Vaccination in Bombay 1924-1928 - 1924-1928
Year: 1924
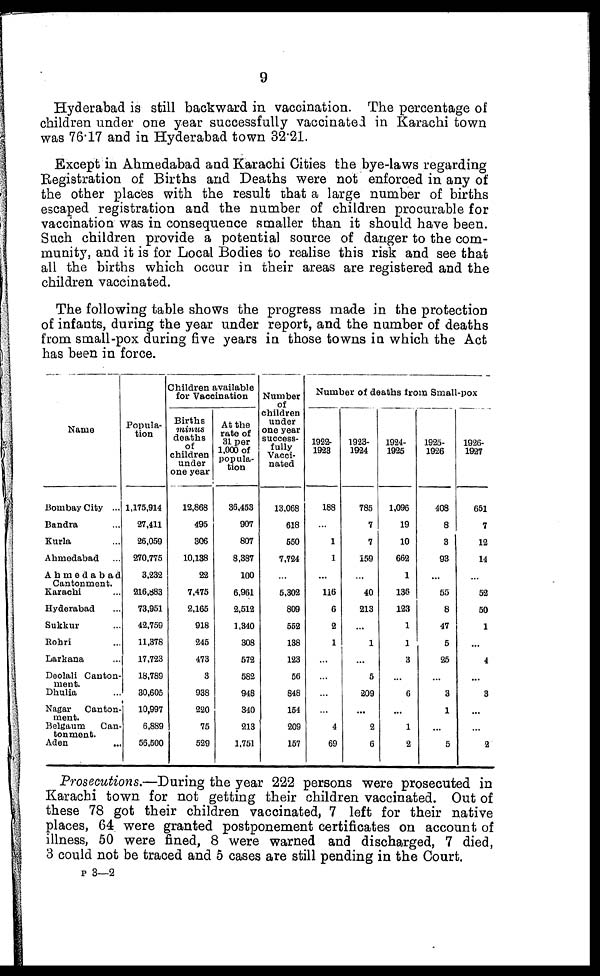
9
Hyderabad is still backward in vaccination. The percentage of
children under one year successfully vaccinated in Karachi town
was 76.17 and in Hyderabad town 32.21.
Except in Ahmedabad and Karachi Cities the bye-laws regarding
Registration of Births and Deaths were not enforced in any of
the other places with the result that a large number of births
escaped registration and the number of children procurable for
vaccination was in consequence smaller than it should have been.
Such children provide a potential source of danger to the com-
munity, and it is for Local Bodies to realise this risk and see that
all the births which occur in their areas are registered and the
children vaccinated.
The following table shows the progress made in the protection
of infants, during the year under report, and the number of deaths
from small-pox during five years in those towns in which the Act
has been in force.
Name
Bombay City ...
Bandra ...
Kurla ...
Ahmedabad ...
Ahmedabad
Cantonment.
Karachi ...
Hyderabad ...
Sukkur ...
Rohri ...
Larkana ...
Deolali Canton-
ment.
Dhulia ...
Nagar
Canton-
ment.
Belgaum
Can-
tonment.
Aden ...
Popula-
tion
1,175,914
27,411
26,059
270,775
3,232
216,883
73,951
42,759
11,378
17,723
18,789
30,605
10,997
6,889
56,500
Children available
for Vaccination
Births
minus
deaths
of
children
under
one year
12,868
495
306
10,138
22
7,475
2,165
918
245
473
3
938
220
75
529
At the
rate of
31 per
1,000 of
popula-
tion
36,453
907
807
8,387
100
6,961
2,512
1,340
308
572
582
948
340
213
1,751
Number
of
children
under
one year
success-
fully
Vacci-
nated
13,068
618
550
7,724
...
5,302
809
552
138
123
56
848
154
209
157
Number of deaths from Small-pox
1922-
1923
188
...
1
1
...
116
6
2
1
...
...
...
...
4
69
1923-
1924
785
7
7
159
...
40
213
...
1
...
5
209
...
2
6
1924-
1925
1,096
19
10
662
1
136
123
1
1
3
...
6
...
1
2
1925-
1926
408
8
3
93
...
55
8
47
5
25
...
3
1
...
5
1926-
1927
651
7
12
14
...
52
50
1
...
4
...
3
...
...
2
Prosecutions.—During the year 222 persons were prosecuted in
Karachi town for not getting their children vaccinated. Out of
these 78 got their children vaccinated, 7 left for their native
places, 64 were granted postponement certificates on account of
illness, 50 were fined, 8 were warned and discharged, 7 died,
3 could not be traced and 5 cases are still pending in the Court.
P 3—2